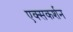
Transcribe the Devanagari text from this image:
एक्सकर्शन